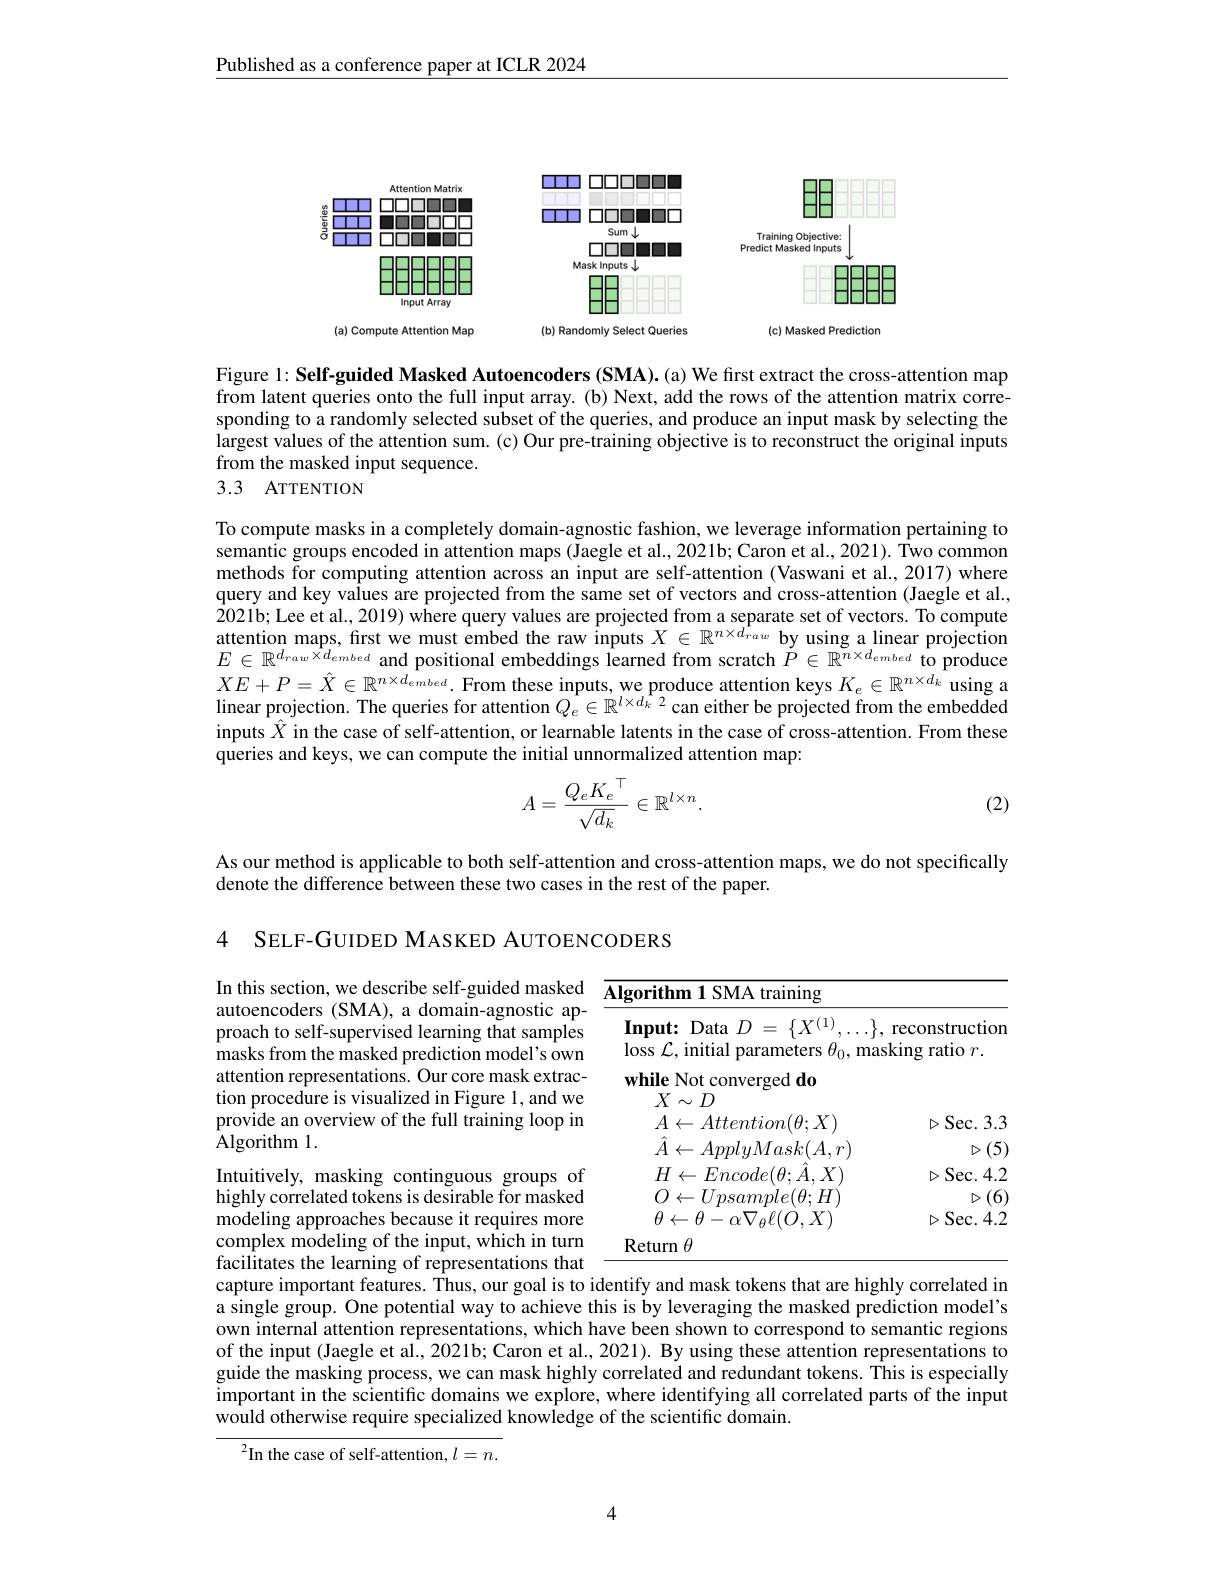
Published as a conference paper at ICLR 2024

<FigureHere>

Figure 1: Self-guided Masked Autoencoders (SMA). (a) We first extract the cross-attention map $\tilde{\text{from latent queries onto the full input array.(b)Next, add the rows of the attention matrix corre-}}$ sponding to a randomly selected subset of the queries, and produce an input mask by selecting the largest values of the attention sum.(c) Our pre-training objective is to reconstruct the original inputs from the masked input sequence.
3.3 ATTENTION

To compute masks in a completely domain-agnostic fashion, we leverage information pertaining to semantic groups encoded in attention maps (Jaegle et al., 2021b; Caron et al., 2021). Two common methods for computing attention across an input are self-attention (Vaswani et al., 2017) where query and key values are projected from the same set of vectors and cross-attention (Jaegle et al., 2021b; Lee et al., 2019) where query values are projected from a separate set of vectors. To compute attention maps, frst we must embed the raw inputs $X\in\mathbb{R}^{n\times d_{raw}}$ by using a linear projection $E\in\mathbb{R}^{d_{raw}\times d_{embed}}$ and positional embeddings learned from scratch $\check{P}\in\mathbb{R}^{n\times d_{embed}}$ to produce $XE+P=\hat{X}\in\mathbb{R}^{n\times d_{embed}}.$From these inputs, we produce attention keys $K_e\in\mathbb{R}^{n\times d_k}$ using a linear projection. The queries for attention $Q_e\in\mathbb{R}^{l\times d_k^{*}2}$ can either be projected from the embedded inputs $\hat{X}$ in the case of self-attention, or learnable latents in the case of cross-attention. From these queries and keys, we can compute the initial unnormalized attention map:
$$A=\frac{Q_eK_e^\top}{\sqrt{d_k}}\in\mathbb{R}^{l\times n}.$$
(2)

As our method is applicable to both self-attention and cross-attention maps, we do not specifically
denote the difference between these two cases in the rest of the paper.

4 SELF-GUIDED MASKED AUTOENCODERS

In this section, we describe self-guided masked $\underline{{\overline{\textbf{Algorithm }1\text{SMA training}}}}$
<table>
	<tbody>
		<tr>
			<td>$\mathbf{Input:}$ :Data 10 $\{X(1)$ $\log\mathcal{L}$,initial l parameters $\theta_{0}$, 3</td>
			<td>$.\}$, reconstruction ${\mathrm{nasking}}$ $\mathbf{g}$ratio $r.$</td>
		</tr>
	</tbody>
</table>

autoencoders (SMA), a domain-agnostic approach to self-supervised learning that samples masks from the masked prediction model's own attention representations. Our core mask extraction procedure is visualized in Figure 1, and we provide an overview of the full training loop in Algorithm 1.

Intuitively, masking continguous groups of highly correlated tokens is desirable for masked modeling approaches because it requires more complex modeling of the input, which in turn facilitates the learning of representations that

capture important features. Thus, our goal is to identify and mask tokens that are highly correlated in a single group. One potential way to achieve this is by leveraging the masked prediction model's own internal attention representations, which have been shown to correspond to semantic regions of the input (Jaegle et al., 2021b; Caron et al., 2021). By using these attention representations to guide the masking process, we can mask highly correlated and redundant tokens. This is especially important in the scientific domains we explore, where identifying all correlated parts of the input would otherwise require specialized knowledge of the scientific domain.

$^2$In the case of self-attention, $l=n.$